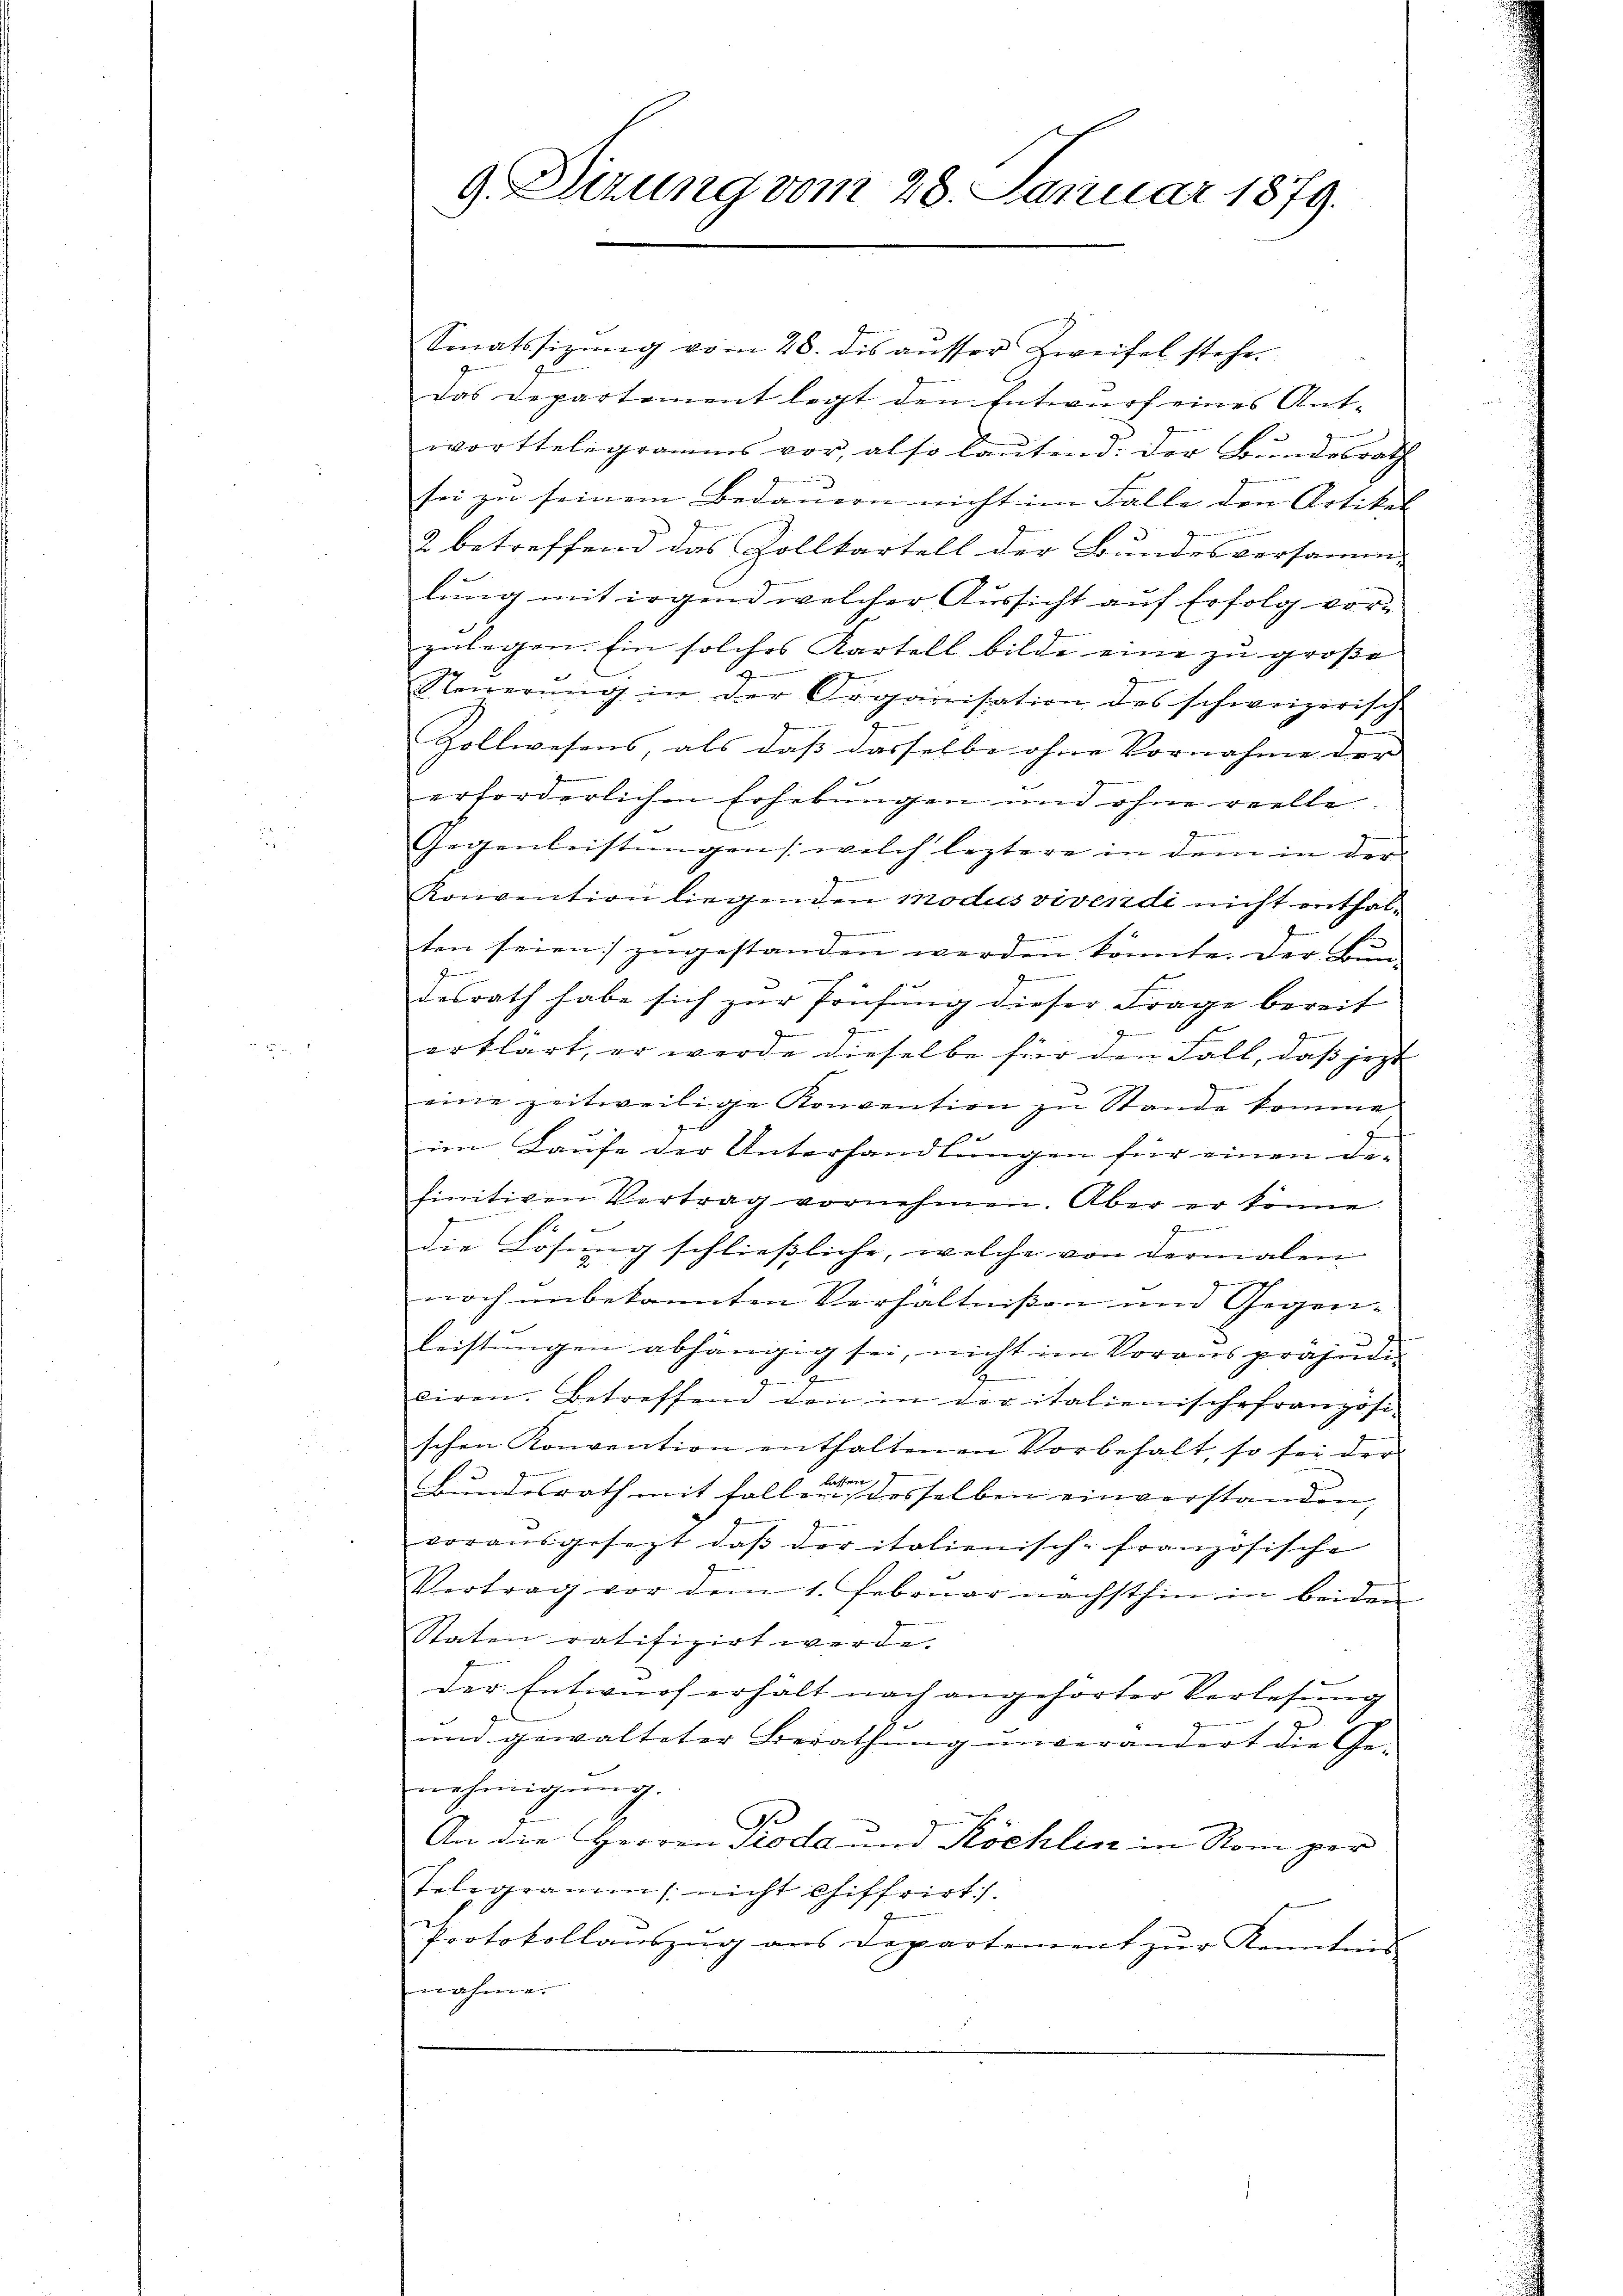
9 Dizung vom 28. Januar 1879.

Sonatssizŭng vom 28. dis aŭsser Zweifel stehen
das Departement legt den Entwurf eines Ant-
wortseligramms vor, also laŭtend: der Bŭndesrath
sei zu seinem Bedauern nicht im Falle den Artikel
2 betreffend das Zollkartell der Bundesversamm-
lung mit irgend welcher Aussicht auf Erfolg vorzulegen. Ein solches Kartell bilde eine zu große
g
Steuerung in der Organisation des schweizerische
Zollwesens, als daß dasselbe ohne Vornahme der |
erforderlichen Erhebungen und ohne reelle.
Gegenleistŭngen (welch leztere in dem in der
Konvention liegenden modus vivendi nicht enthalten seien zugestanden werden könnte. Der Bun¬
F
desrath habe sich zur Prüfung dieser Frage bereit
J
erklärt, er werde dieselbe für den Fall, daß jezt
eine zeitweilige Konvention zu Stande komme
im Laufe der Unterhandlungen für einen Die-
finitiven Vertrag vornehmen. Aber er könne
die Lösung schließliche, welche von dermalen
noch unbekannten Verhältnißen und Gegenf
leistungen abhängig sei, nicht im Voraus präjudi
ciren. Betreffend den in der italienischefranzösi-
schen Konvention enthaltenen Vorbehalt, so sei der
Bundesrath mit Falle nach desselben einverstanden,
vorausgesezt, daβ der italienisch-französische
Vertrag vor dem 1. Februar nächsthin in beiden
Staten ratifizirt werde.
der Entwurf erhält nach angehörter Verlesung
H.
und gewalteter Berathung unverändert die Ge-
nehmigung.
An die Herren Proda und Köchlin in Rom per
Telegramm /: nicht chiffrirt.
Protokollauszug aus Departement zur Kenntnis
nahme.